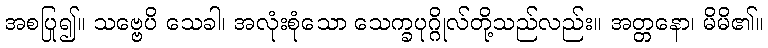
အစပြု၍။ သဗ္ဗေပိ သေခါ၊ အလုံးစုံသော သေက္ခပုဂ္ဂိုလ်တို့သည်လည်း။ အတ္တနော၊ မိမိ၏။